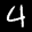
Label: 4